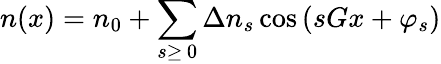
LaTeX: n(x)=n_{0}+\sum_{s\geq\, 0}\Delta n_{s}\cos{\left(sGx+\varphi_{s}\right)}